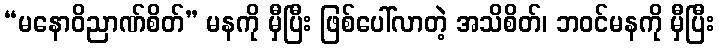
“မနောဝိညာဏ်စိတ်” မနကို မှီပြီး ဖြစ်ပေါ်လာတဲ့ အသိစိတ်၊ ဘဝင်မနကို မှီပြီး